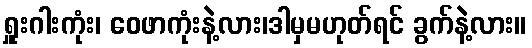
ရှူးဂါးကုံး၊ ဝေဖာကုံးနဲ့လား၊ဒါမှမဟုတ်ရင် ခွက်နဲ့လား။